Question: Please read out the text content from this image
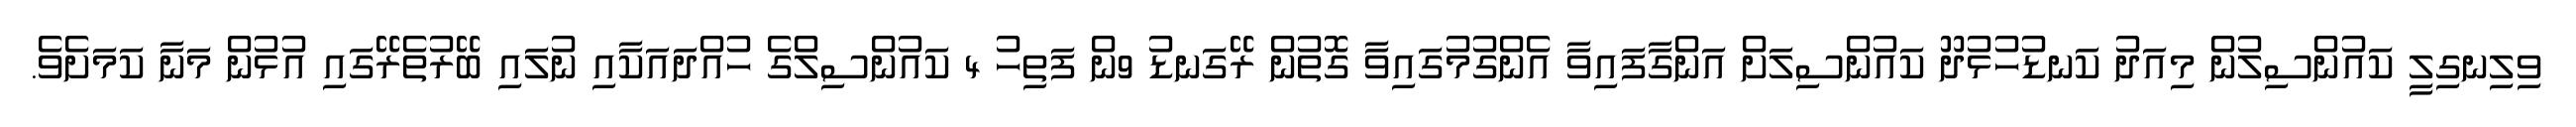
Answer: ވިލިނގިލީ ކައުންސިލުން މިއަދު ކަނޑުހުޅުދޫ ކައުންސިލަށް އަންގާފައިވާ އެންގުމުގައިވާ ގޮތުން ރޭގަނޑު 9ން ފަތިހު 4 ކައުންސިލްގެ ހުއްދައަކާއި ނުލައި ބޭރުތެރޭގައި އުޅުން މަނާ ކަމަށެވެ.